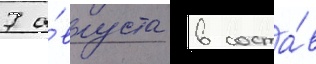
7 а́вгуста в соста́в